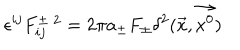
\epsilon ^ { i j } F _ { i j } ^ { \pm \; 2 } = 2 \pi a _ { \pm } F _ { \pm } \delta ^ { 2 } ( \vec { x } , \vec { x ^ { 0 } } )